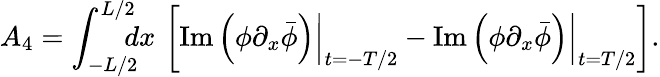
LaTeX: A_{4}=\int_{-L/2}^{L/2}\! \! \! \! dx\, \left[\left.\mathrm{Im}\left(\phi\partial_{x}\bar{\phi}\right)\right|_{t=-T/2}-\left.\mathrm{Im}\left(\phi\partial_{x}\bar{\phi}\right)\right|_{t=T/2}\right].